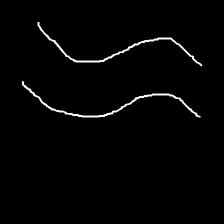
Glyph: float